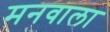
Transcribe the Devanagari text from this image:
मनवाला